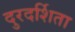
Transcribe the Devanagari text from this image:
दुरदर्शिता